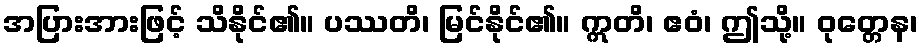
အပြားအားဖြင့် သိနိုင်၏။ ပဿတိ၊ မြင်နိုင်၏။ ဣတိ၊ ဧဝံ၊ ဤသို့။ ဝုတ္တေန၊